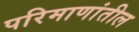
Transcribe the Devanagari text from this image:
परिमाणांतील